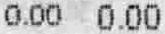
0.00 0.00